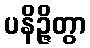
ပနိဉ္ဇိတွာ